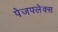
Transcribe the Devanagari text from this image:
पेजफ्लेक्स